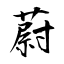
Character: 蔚